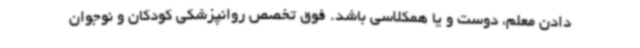
دادن معلم، دوست و یا همکلاسی باشد. فوق تخصص روانپزشکی کودکان و نوجوان